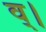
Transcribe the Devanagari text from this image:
व्।